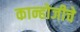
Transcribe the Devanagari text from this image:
कान्होजीचे